Vaccination Hyderabad 1872-1889 - 1872-1889
Year: 1872
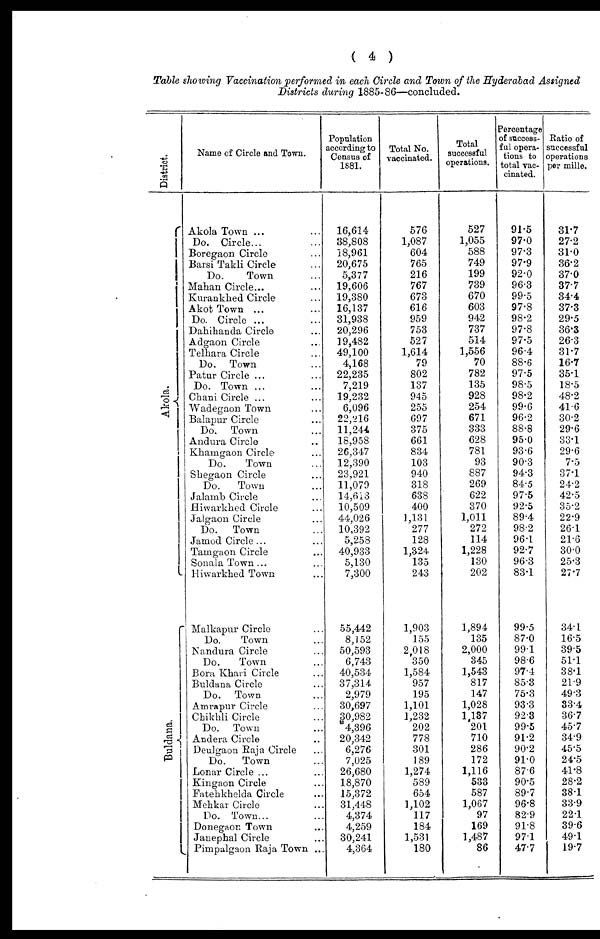
( 4 )
Table showing Vaccination performed in each Circle and Town of the Hyderabad Assigned
Districts during 1885-86—concluded.
District.
Akola.
Buldana.
Name of Circle and Town.
Akola Town ... ...
Do. Circle... ...
Boregaon Circle ...
Barsi Takli Circle ...
Do.
Town ...
Mahan Circle... ...
Kurankhed Circle ...
Akot Town ... ...
Do. Circle ... ...
Dahihanda Circle ...
Adgaon Circle ...
Telhara Circle ...
Do. Town ...
Patur Circle ... ...
Do. Town ... ...
Chani Circle ... ...
Wadegaon Town ...
Balapur Circle ...
Do. Town ...
Andura Circle ...
Khangaon Circle ...
Do.
Town ...
Shegaon Circle ...
Do.
Town ...
Jalamb Circle ...
Hiwarkhed Circle ...
Jalgaon Circle ...
Do. Town ...
Jamod Circle... ...
Tamgaon Circle ...
Sonala Town... ...
Hiwarkhed Town ...
Malkapur Circle ...
Do.
Town ...
Nandura Circle ...
Do.
Town ...
Bora Khari Circle ...
Buldana Circle ...
Do. Town ...
Amrapur Circle ...
Chikhli Circle ...
Do. Town ...
Andera Circle ...
Deulgaon Raja Circle ...
Do.
Town ...
Lonar Circle ... ...
Kingaon Circle ...
Fatehkhelda Circle ...
Mehkar Circle ...
Do. Town... ...
Donegaon Town ...
Janephal Circle ...
Pimpalgaon Raja Town ...
Population
according to
Census of
1881.
16,614
38,808
18,961
20,675
5,377
19,606
19,380
16,137
31,938
20,296
19,482
49,100
4,168
22,235
7,219
19,232
6,096
22,216
11,244
18,958
26,347
12,390
23,921
11,079
14,613
10,509
44,026
10,392
5,258
40,933
5,130
7,300
55,442
8,152
50,593
6,743
40,534
37,314
2,979
30,697
30,982
4,396
20,342
6,276
7,025
26,680
18,870
15,372
31,448
4,374
4,259
30,241
4,364
Total No.
vaccinated.
576
1,087
604
765
216
767
673
616
959
753
527
1,614
79
802
137
945
255
697
375
661
834
103
940
318
638
400
1,131
277
128
1,324
135
243
1,903
155
2,018
350
1,584
957
195
1,101
1,232
202
778
301
189
1,274
589
654
1,102
117
184
1,531
180
Total
successful
operations.
527
1,055
588
749
199
739
670
603
942
737
514
1,556
70
782
135
928
254
671
333
628
781
93
887
269
622
370
1,011
272
114
1,228
130
202
1,894
135
2,000
345
1,543
817
147
1,028
1,137
201
710
286
172
1,116
533
587
1,067
97
169
1,487
86
Percentage
of success¬
ful opera-
tions to
total vac-
cinated.
91.5
97.0
97.3
97.9
92.0
96.3
99.5
97.8
98.2
97.8
97.5
96.4
88.6
97.5
98.5
98.2
99.6
96.2
88.8
95.0
93.6
90.3
94.3
84.5
97.5
92.5
89.4
98.2
96.1
92.7
96.3
83.1
99.5
87.0
99.1
98.6
97.4
85.3
75.3
93.3
92.3
99.5
91.2
90.2
91.0
87.6
90.5
89.7
96.8
82.9
91.8
97.1
47.7
Ratio of
successful
operations
per mille.
31.7
27.2
31.0
36.2
37.0
37.7
34.4
37.3
29.5
36.3
26.3
31.7
16.7
35.1
18.5
48.2
41.6
30.2
29.6
33.1
29.6
7.5
37.1
24.2
42.5
35.2
22.9
26.1
21.6
30.0
25.3
27.7
34.1
16.5
39.5
51.1
38.1
21.9
49.3
33.4
36.7
45.7
34.9
45.5
24.5
41.8
28.2
38.1
33.9
22.1
39.6
49.1
19.7